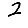
Digit: 2